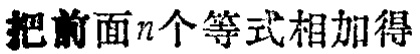
把前面\(n\)个等式相加得